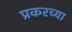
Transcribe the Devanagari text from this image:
प्रकरच्या